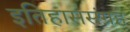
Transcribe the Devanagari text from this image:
इतिहाससंग्रह